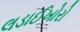
લડાઈખોરો